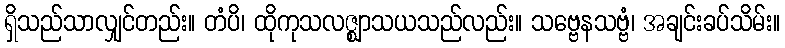
ရှိသည်သာလျှင်တည်း။ တံပိ၊ ထိုကုသလဇ္ဈာသယသည်လည်း။ သဗ္ဗေနသဗ္ဗံ၊ အချင်းခပ်သိမ်း။